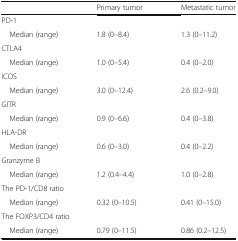
|  | Primary tumor | Metastatic tumor |
 | --- | --- | --- |
 | <COLSPAN=3> PD-1 |
 | Median (range) | 1.8 (0–8.4) | 1.3 (0–11.2) |
 | <COLSPAN=3> CTLA4 |
 | Median (range) | 1.0 (0–5.4) | 0.4 (0–2.0) |
 | <COLSPAN=3> ICOS |
 | Median (range) | 3.0 (0–12.4) | 2.6 (0.2–9.0) |
 | <COLSPAN=3> GITR |
 | Median (range) | 0.9 (0–6.6) | 0.4 (0–3.8) |
 | <COLSPAN=3> HLA-DR |
 | Median (range) | 0.6 (0–3.0) | 0.4 (0–2.2) |
 | <COLSPAN=3> Granzyme B |
 | Median (range) | 1.2 (0.4–4.4) | 1.0 (0–2.8) |
 | <COLSPAN=3> The PD-1/CD8 ratio |
 | Median (range) | 0.32 (0–10.5) | 0.41 (0–15.0) |
 | <COLSPAN=3> The FOXP3/CD4 ratio |
 | Median (range) | 0.79 (0–11.5) | 0.86 (0.2–12.5) |